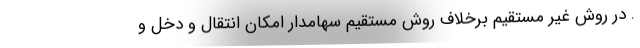
. در روش غیر مستقیم برخلاف روش مستقیم سهامدار امکان انتقال و دخل و